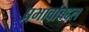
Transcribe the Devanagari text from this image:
प्रभावांबद्दल